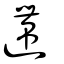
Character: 遰